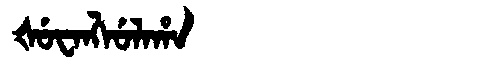
Manchu: ᡧᡠᠸᠠᠩᠯᡠᠯᠠᡥᠠ
Romanization: ŠUWANGLULAHA